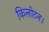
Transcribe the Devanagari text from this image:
किलोटन।